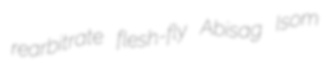
rearbitrate flesh-fly Abisag Isom